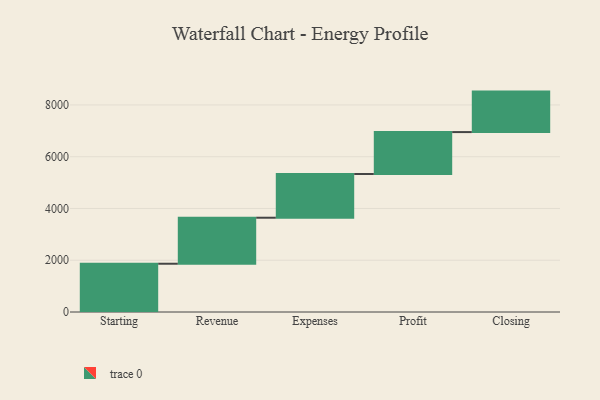
{"axis": {"x": "Step", "y": "Value"}, "legend": [""], "data": [{"x": "Starting", "y": 1865.0, "type": ""}, {"x": "Revenue", "y": 1778.0, "type": ""}, {"x": "Expenses", "y": 1690.0, "type": ""}, {"x": "Profit", "y": 1619.0, "type": ""}, {"x": "Closing", "y": 1564.0, "type": ""}]}